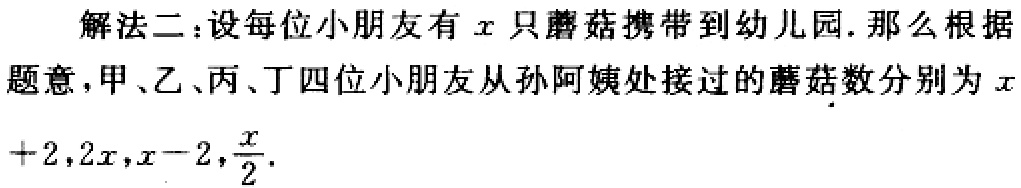
解法二：设每位小朋友有\(x\)只蘑菇携带到幼儿园. 那么根据题意，甲、乙、丙、丁四位小朋友从孙阿姨处接过的蘑菇数分别为\(x + 2,2x,x - 2,\frac{x}{2}\).